Leaving Certificate Examination, 1922
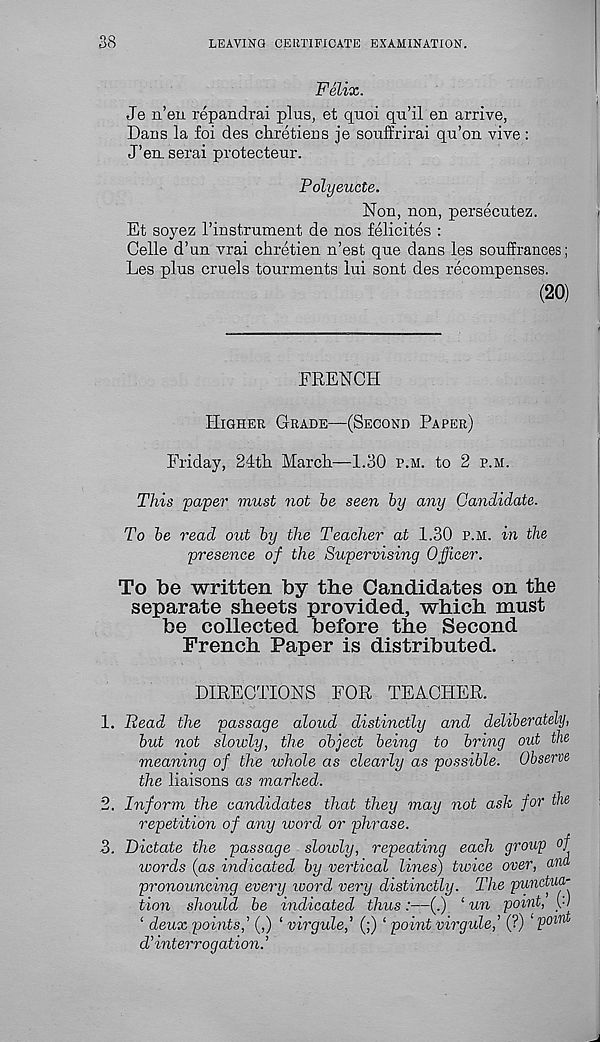
38
LEAVING CERTIFICATE EXAMINATION.
Felix.
Je n’eu repandrai plus, et quoi qu’il en arrive,
Dans la foi des chretiens je souffrirai qu’on vive:
J’en. serai protecteur.
Polyeucte.
Non, non, persecutez.
Et soyez I’instrument de nos felicites :
Celle d’un vrai chretien n’est que dans les souffrances;
Les plus cruels tourments iui sont des recompenses.
(20)
FRENCH
Higher Grade—(Second Paper)
Friday, Sdtli March.—1.30 p.m. to 2 p.m.
This paper must not be seen by any Candidate.
To be read out by the Teacher at 1.30 p.m. in the
presence of the Supervising Officer.
To be written by the Candidates on the
separate sheets provided, which must
be collected before the Second
French Paper is distributed.
DIRECTIONS FOR TEACHER.
1. Read the passage aloud distinctly and deliberately,
but not slowly, the object being to bring out the
meaning of the whole as clearly as possible. Observe
the liaisons as marked.
2. Inform the candidates that they may not ask for the
repetition of any word or phrase.
3. Dictate the passage sloioly, repeating each group °f
words (as indicated by vertical lines) twice over, ana
pronouncing every toord very distinctly. The punctua-
tion shoidd be indicated thus:—(.) ‘ un point, yl
‘ deux points,’ (,) ‘ virgule,’ (;) ‘ point virgule,’ (?) ‘ P oir^
d’interrogation. ’